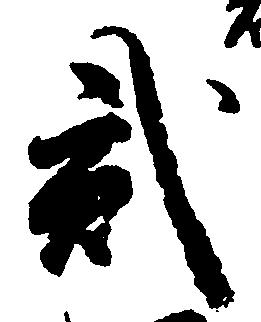
弐